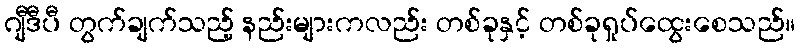
ဂျီဒီပီ တွက်ချက်သည့် နည်းများကလည်း တစ်ခုနှင့် တစ်ခုရှုပ်ထွေးစေသည်။